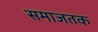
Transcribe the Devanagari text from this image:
समाजतक